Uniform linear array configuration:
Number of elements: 64
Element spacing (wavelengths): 1
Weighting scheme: kaiser
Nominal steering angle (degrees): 60
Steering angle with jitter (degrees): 59.767
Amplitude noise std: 0.05
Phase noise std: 0.05

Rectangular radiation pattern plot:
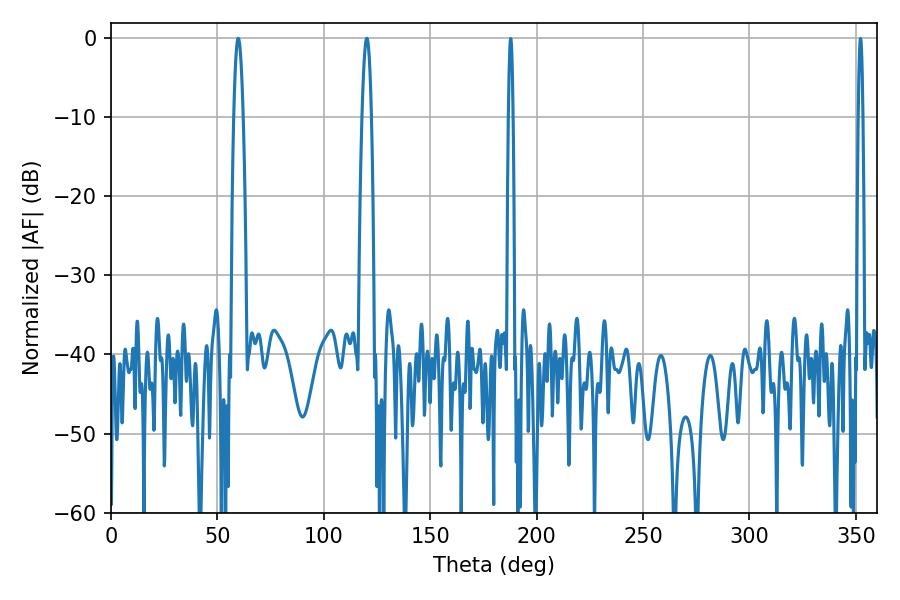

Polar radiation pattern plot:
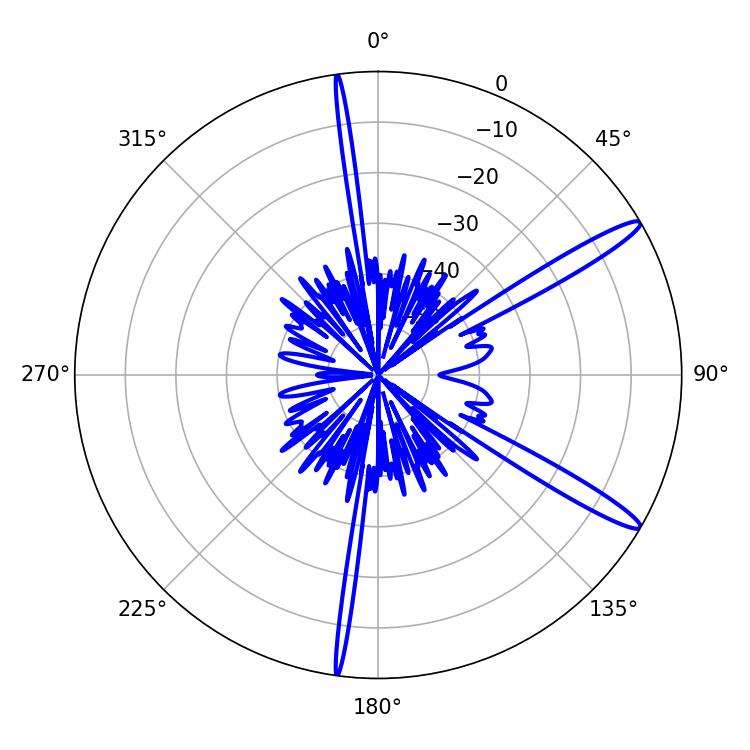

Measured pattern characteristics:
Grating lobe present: TRUE
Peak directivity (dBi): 14.322
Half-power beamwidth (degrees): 2.34
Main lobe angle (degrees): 120.24